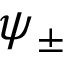
\psi _ { \pm }